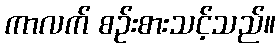
ကာလက် စဉ်းစားသင့်သည်။